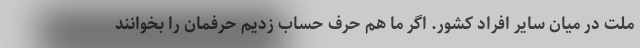
ملت در میان سایر افراد کشور. اگر ما هم حرف حساب زدیم حرفمان را بخوانند